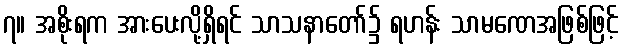
၇။ အစိုးရက အားပေးလို့ရှိရင် သာသနာတော်၌ ရဟန်း သာမဏေအဖြစ်ဖြင့်